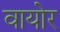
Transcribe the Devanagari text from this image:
वायोर